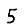
Digit: 5